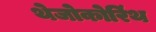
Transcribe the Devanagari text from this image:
थेजोकोरिंथ